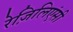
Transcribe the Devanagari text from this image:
रेज़िलिएंसी